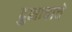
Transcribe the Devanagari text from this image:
दुभाषाचे